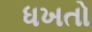
ધખતો